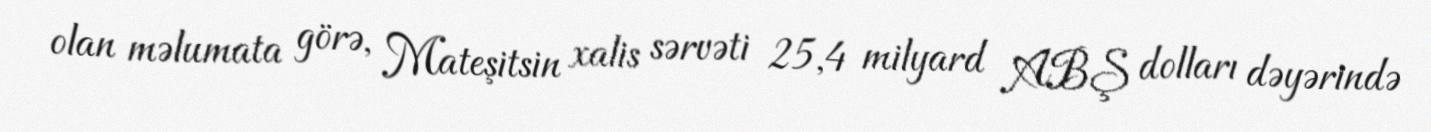
olan məlumata görə, Mateşitsin xalis sərvəti 25,4 milyard ABŞ dolları dəyərində